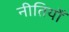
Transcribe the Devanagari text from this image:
नीतियोँ